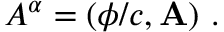
A ^ { \alpha } = \left( \phi / c , \mathbf { A } \right) \, .